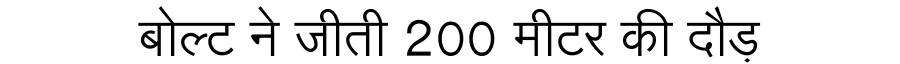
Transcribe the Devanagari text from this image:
बोल्ट ने जीती 200 मीटर की दौड़